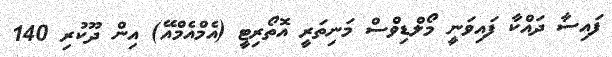
ފައިސާ ދައްކާ ފައިވަނީ މޯލްޑިވްސް މަނިތަރީ އޮތޯރިޓީ (އެމްއެމްއޭ) އިން ދޫކުރި 140